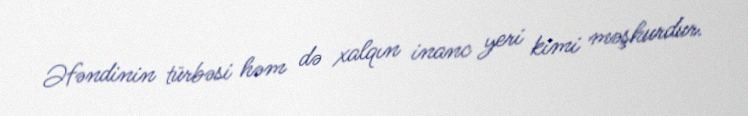
Əfəndinin türbəsi həm də xalqın inanc yeri kimi məşhurdur.